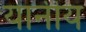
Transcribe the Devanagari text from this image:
यानीय